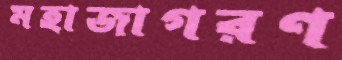
মহাজাগরণ